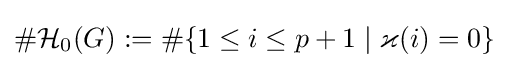
\#{\mathcal {H}}_{0}(G):=\#\{1\leq i\leq p+1\mid \varkappa (i)=0\}